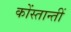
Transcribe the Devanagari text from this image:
कोंस्तान्तीं